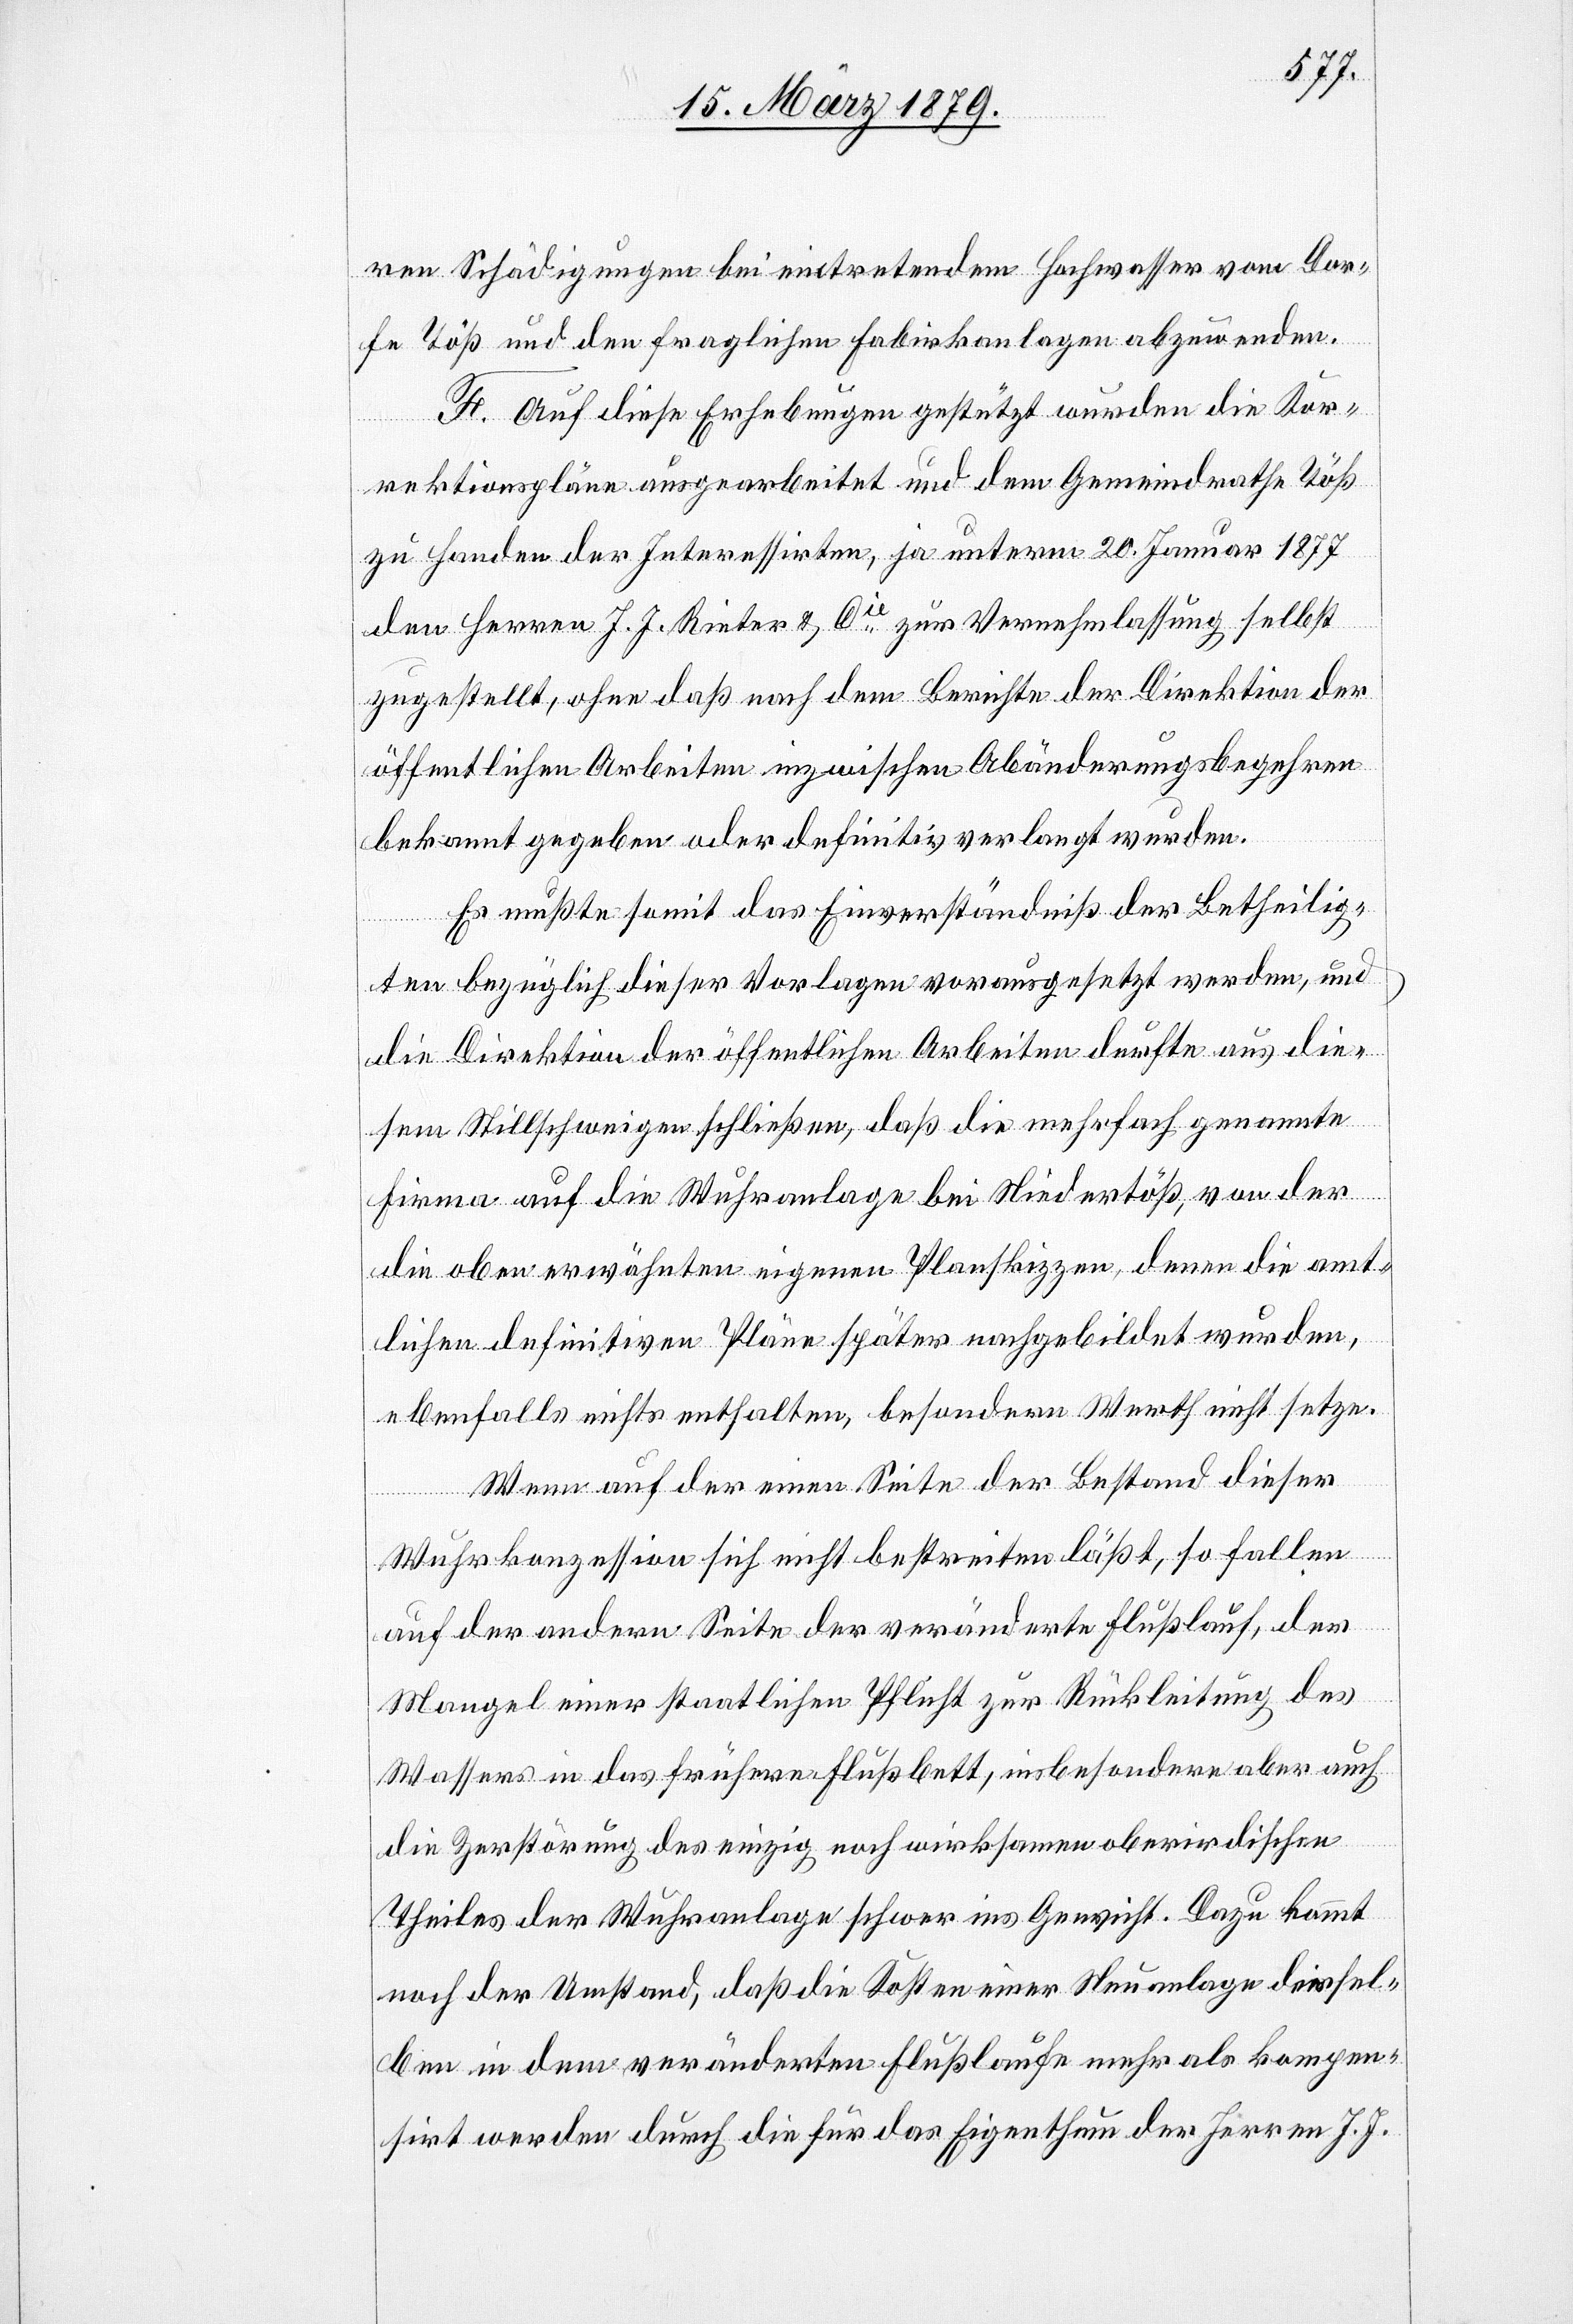
ren Schädigungen bei eintretendem Hochwasser vom Dor¬
fe Töß und den fraglichen Fabrikanlagen abzuwenden.
F. Auf diese Erhebungen gestützt wurden die Kor¬
rektionspläne ausgearbeitet und dem Gemeindrathe Töß
zu Handen der Interessirten, ja unterm 20. Jenner 1877
den Herren J. J. Rieter & Cie zur Vernehmlassung selbst
zugestellt, ohne daß nach dem Berichte der Direktion der
öffentlichen Arbeiten inzwischen Abänderungsbegehren
bekannt gegeben oder definitiv verlangt wurden.
Es mußte somit das Einverständniß der Betheilig¬
ten bezüglich dieser Vorlagen vorausgesetzt werden, und
die Direktion der öffentlichen Arbeiten durfte aus die¬
sem Stillschweigen schließen, daß die mehrfach genannte
Firma auf die Wuhranlage bei Niedertöß, von der
die oben erwähnten eigenen Planskizzen, denen die amt¬
lichen definitiven Pläne später nachgebildet wurden,
ebenfalls nichts enthalten, besondern Werth nicht setze.
Wenn auf der einen Seite der Bestand dieser
Wuhrkonzession sich nicht bestreiten läßt, so fallen
auf der andern Seite der veränderte Flußlauf, der
Mangel einer staatlichen Pflicht zur Rückleitung des
Wassers in das frühere Flußbett, insbesondere aber auch
die Zerstörung des einzig noch wirksamen oberirdischen
Theiles der Wuhranlage schwer ins Gewicht. Dazu kommt
noch der Umstand, daß die Kosten einer Neuanlage dersel¬
ben in dem veränderten Flußlaufe mehr als kompen¬
sirt werden durch die für das Eigenthum der Herren J. J.